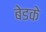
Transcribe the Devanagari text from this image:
बेडके